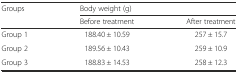
<table><thead><tr><td rowspan="2"><b>Groups</b></td><td colspan="2"><b>Body weight (g)</b></td></tr><tr><td><b>Before treatment</b></td><td><b>After treatment</b></td></tr></thead><tbody><tr><td>Group 1</td><td>188.40 ± 10.59</td><td>257 ± 15.7</td></tr><tr><td>Group 2</td><td>189.56 ± 10.43</td><td>259 ± 10.9</td></tr><tr><td>Group 3</td><td>188.83 ± 14.53</td><td>258 ± 12.3</td></tr></tbody></table>